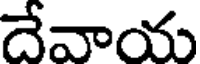
దేవాయ